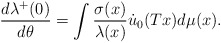
\begin{align*}\frac{d\lambda\sp+(0)}{d\theta}=\int\frac{\sigma(x)}{\lambda(x)}\dot u_0(Tx)d\mu(x).\end{align*}